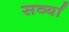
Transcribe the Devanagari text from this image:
सर्व्या